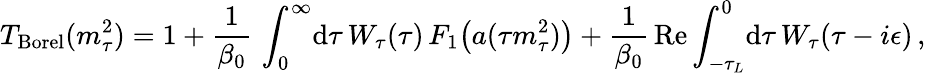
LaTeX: T_{\mathrm{Borel}}(m_{\tau}^{2})=1+{\frac{1}{\beta_{0}}}\, \int_{0}^{\infty}\! \mathrm{d}\tau\, W_{\tau}(\tau)\, F_{1}\big(a(\tau m_{\tau}^{2})\big)+{\frac{1}{\beta_{0}}}\, \mathrm{Re}\int_{-\tau_{L}}^{0}\! \mathrm{d}\tau\, W_{\tau}(\tau-i\epsilon)\, ,